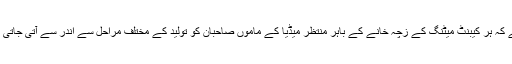
آج کل تو عالم یہ ہے کہ ہر کیبنٹ میٹنگ کے زچہ خانے کے باہر منتظر میڈیا کے ماموں صاحبان کو تولید کے مختلف مراحل سے اندر سے آتی جاتی نرس آگاہ کرتی ہے۔